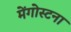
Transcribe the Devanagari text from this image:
मेंगोस्टना